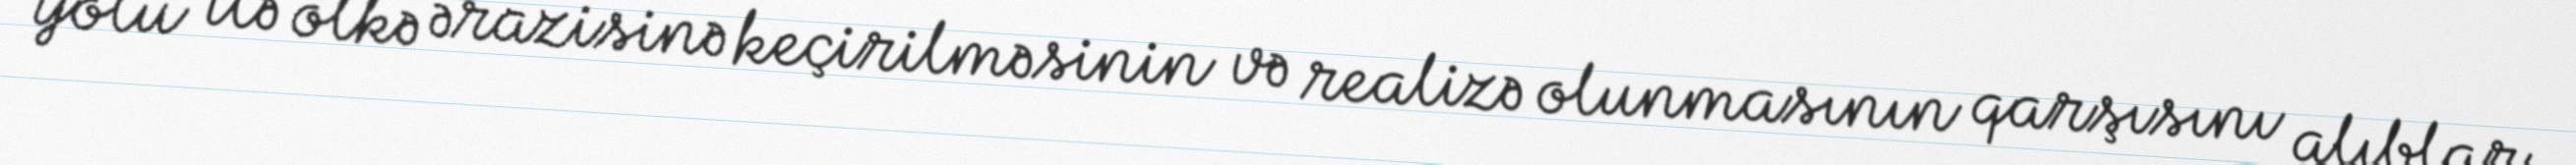
yolu ilə ölkə ərazisinə keçirilməsinin və realizə olunmasının qarşısını alıblar.